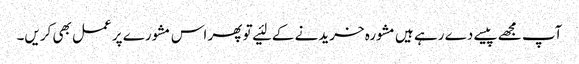
آپ مجھے پیسے دے رہے ہیں‌مشورہ خریدنے کے لئیے تو پھر اس مشورے پر عمل بھی کریں‌۔